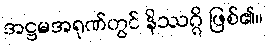
အဋ္ဌမအရုဏ်တွင် နိဿဂ္ဂိ ဖြစ်၏။